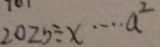
2 0 2 5 \div x \cdots a ^ { 2 }